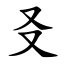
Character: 㕛